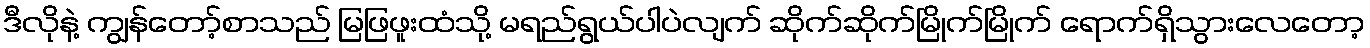
ဒီလိုနဲ့ ကျွန်တော့်စာသည် မြဖြဖူးထံသို့ မရည်ရွယ်ပါပဲလျက် ဆိုက်ဆိုက်မြိုက်မြိုက် ရောက်ရှိသွားလေတော့